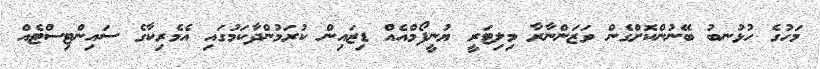
މަހުގެ ހުޅުނބު ބޭނުންކޮށްގެން ވަޒަންނާރާ މިލިޓަރީ ޔުނީފޯމްއެއް ޑިޒައިން ކުރަމުންދާކަމުގައި އެމެރިކާގެ ސައިންޓިސްޓެއް